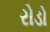
રોડો